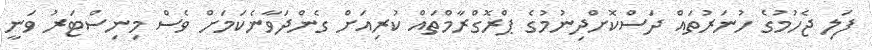
ފަލި ޖެހުމުގެ ހުނަރުތައް ދަސްކޮށްދިނުމުގެ ޕްރޮގްރާމްތައް ކުރިއަށް ގެންދަވާނެކަމަށް ވެސް މިނިސްޓަރު ވަނީ